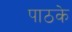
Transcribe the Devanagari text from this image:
पाठके